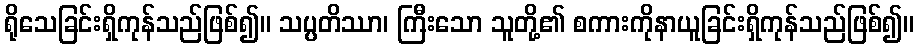
ရိုသေခြင်းရှိကုန်သည်ဖြစ်၍။ သပ္ပတိဿာ၊ ကြီးသော သူတို့၏ စကားကိုနာယူခြင်းရှိကုန်သည်ဖြစ်၍။